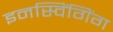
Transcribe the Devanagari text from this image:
इनस्विंगिंग